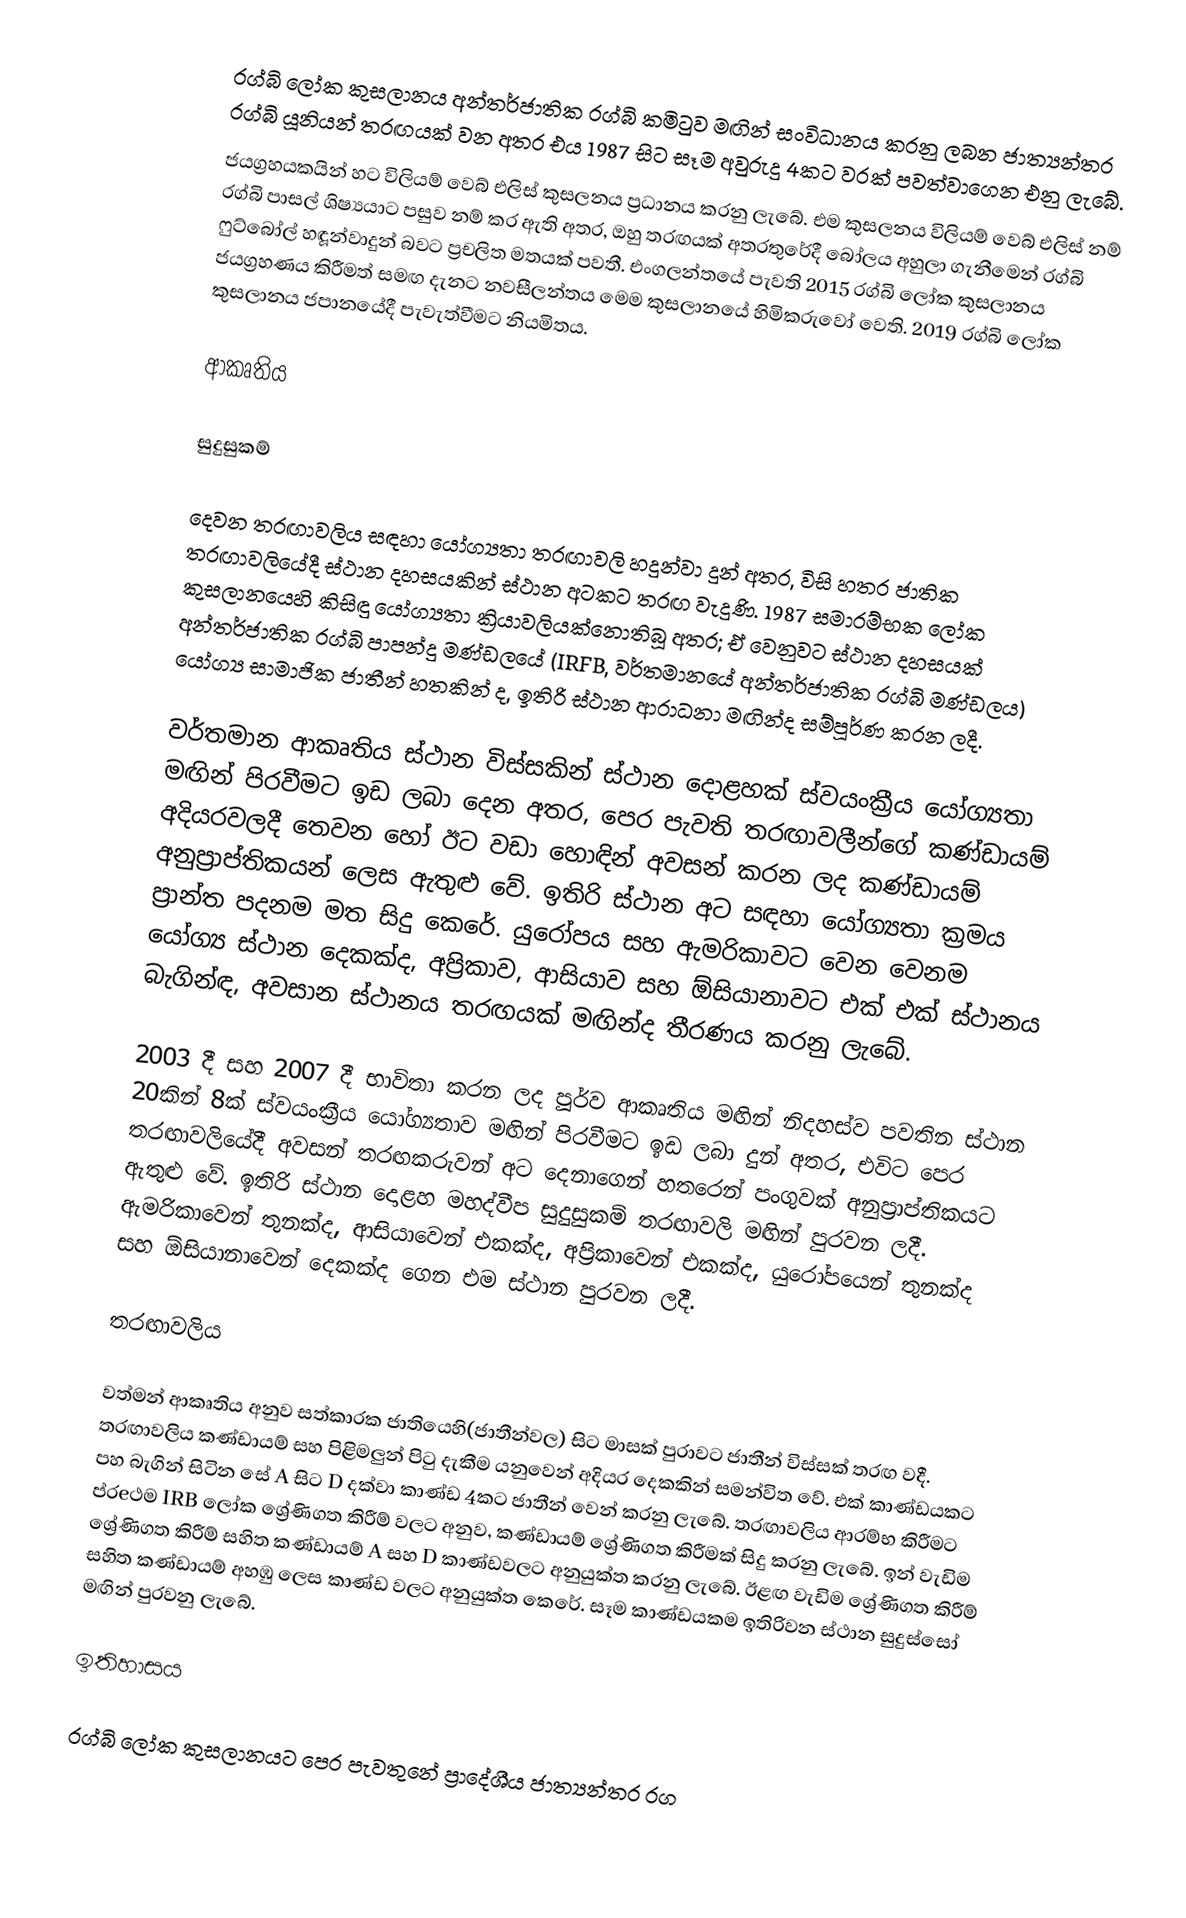
රග්බි ලෝක කුසලානය අන්තර්ජාතික රග්බි කමිටුව මඟින් සංවිධානය කරනු ලබන ජාත්‍යන්තර රග්බි යූනියන් තරඟයක් වන අතර එය 1987 සිට සෑම අවුරුදු 4කට වරක් පවත්වාගෙන එනු ලැබේ.
ජයග්‍රහයකයින් හට විලියම් වෙබ් එලිස් කුසලනය ප්‍රධානය කරනු ලැබේ. එම කුසලනය විලියම් වෙබ් එලිස් නම් රග්බි පාසල් ශිෂ්‍යයාට පසුව නම් කර ඇති අතර, ඔහු තරඟයක් අතරතුරේදී බෝලය අහුලා ගැනීමෙන් රග්බි ෆුට්බෝල් හඳූන්වාදුන් බවට ප්‍රචලිත මතයක් පවතී. එංගලන්තයේ පැවති 2015 රග්බි ලෝක කුසලානය ජයග්‍රහණය කිරීමත් සමඟ දැනට නවසීලන්තය මෙම කුසලානයේ හිමිකරුවෝ වෙති. 2019 රග්බි ලෝක කුසලානය ජපානයේදී පැවැත්වීමට නියමිතය.

ආකෘතිය

සුදුසුකම්

දෙවන තරඟාවලිය සඳහා යෝග්‍යතා තරඟාවලි හදුන්වා දුන් අතර,  විසි හතර ජාතික තරඟාවලියේදී ස්ථාන දහසයකින් ස්ථාන අටකට තරඟ වැදුණි. 1987 සමාරම්භක ලෝක කුසලානයෙහි කිසිඳු යෝග්‍යතා ක්‍රියාවලියක්නොතිබූ අතර; ඒ වෙනුවට ස්ථාන දහසයක් අන්තර්ජාතික රග්බි පාපන්දු මණ්ඩලයේ (IRFB, වර්තමානයේ අන්තර්ජාතික රග්බි මණ්ඩලය) යෝග්‍ය සාමාජික ජාතීන් හතකින් ද, ඉතිරි ස්ථාන ආරාධනා මඟින්ද සම්පූර්ණ කරන ලදී.

වර්තමාන ආකෘතිය ස්ථාන විස්සකින් ස්ථාන දොළහක් ස්වයංක්‍රීය යෝග්‍යතා මඟින් පිරවීමට ඉඩ ලබා දෙන අතර, පෙර පැවති තරඟාවලීන්ගේ කණ්ඩායම් අදියරවලදී තෙවන හෝ ඊට වඩා හොඳින් අවසන් කරන ලද කණ්ඩායම් අනුප්‍රාප්තිකයන් ලෙස ඇතුළු වේ. ඉතිරි ස්ථාන අට සඳහා යෝග්‍යතා ක්‍රමය ප්‍රාන්ත පදනම මත සිදු කෙරේ. යුරෝපය සහ ඇමරිකාවට වෙන වෙනම යෝග්‍ය ස්ථාන දෙකක්ද, අප්‍රිකාව, ආසියාව සහ ඕසියානාවට එක් එක් ස්ථානය බැගින්ඳ, අවසාන ස්ථානය තරඟයක් මඟින්ද තීරණය කරනු ලැබේ.

2003 දී සහ 2007 දී භාවිතා කරන ලද පූර්ව ආකෘතිය මඟින් නිදහස්ව පවතින ස්ථාන 20කින් 8ක් ස්වයංක්‍රීය යෝග්‍යතාව මඟින් පිරවීමට ඉඩ ලබා දුන් අතර, එවිට පෙර තරඟාවලියේදී අවසන් තරඟකරුවන් අට දෙනාගෙන් හතරෙන් පංගුවක් අනුප්‍රාප්තිකයට ඇතුළු වේ. ඉතිරි ස්ථාන දොළහ මහද්වීප සුදුසුකම් තරඟාවලි මඟින් පුරවන ලදී. ඇමරිකාවෙන් තුනක්ද, ආසියාවෙන් එකක්ද, අප්‍රිකාවෙන් එකක්ද, යුරෝපයෙන් තුනක්ද සහ ඕසියානාවෙන් දෙකක්ද ගෙන එම ස්ථාන පුරවන ලදී.

තරඟාවලිය

වත්මන් ආකෘතිය අනුව සත්කාරක ජාතියෙහි(ජාතීන්වල) සිට මාසක් පුරාවට ජාතීන් විස්සක් තරඟ වදී. තරඟාවලිය කණ්ඩායම් සහ පිළිමලුන් පිටු දැකීම යනුවෙන් අදියර දෙකකින් සමන්විත වේ. එක් කාණ්ඩයකට පහ බැගින් සිටින සේ A සිට D දක්වා කාණ්ඩ 4කට ජාතීන් වෙන් කරනු ලැබේ. තරඟාවලිය ආරම්භ කිරීමට ප්රeථම IRB ලෝක ශ්‍රේණිගත කිරීම් වලට අනුව, කණ්ඩායම් ශ්‍රේණිගත කිරීමක් සිදු කරනු ලැබේ. ඉන් වැඩිම ශ්‍රේණිගත කිරීම්  සහිත කණ්ඩායම් A සහ D කාණ්ඩවලට අනුයුක්ත කරනු ලැබේ. ඊළඟ වැඩිම ශ්‍රේණිගත කිරීම්  සහිත කණ්ඩායම් අහඹු ලෙස කාණ්ඩ වලට අනුයුක්ත කෙරේ. සෑම කාණ්ඩයකම ඉතිරිවන ස්ථාන සුදුස්සෝ මඟින් පුරවනු ලැබේ.

ඉතිහාසය

රග්බි ලෝක කුසලානයට පෙර පැවතුනේ ප්‍රාදේශීය ජාත්‍යන්තර රග